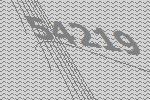
54219